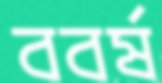
ববর্ষ